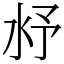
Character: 沀